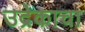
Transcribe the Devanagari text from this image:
उद्रेकाचा